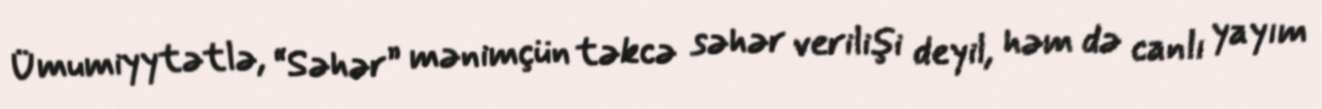
Ümumiyytətlə, “Səhər” mənimçün təkcə səhər verilişi deyil, həm də canlı yayım